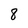
Character: 8